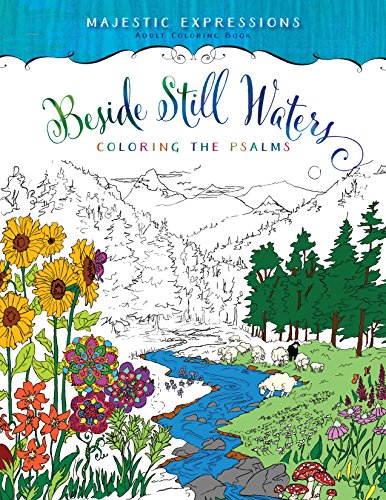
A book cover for Beside Still Waters: Coloring the Psalms; Majestic Expressions; Humor & Entertainment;